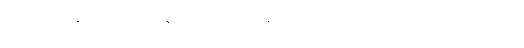
လျှိုဆိုတဲ့နေရာမှာ ကိုဘွန်ဟောင်းက မဆွဲတတ်လို့ လျှိုလို့ ထည့်ရေးထားတယ်။